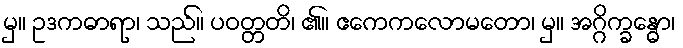
မှ။ ဥဒကဓာရာ၊ သည်။ ပဝတ္တတိ၊ ၏။ ဧကေကလောမတော၊ မှ။ အဂ္ဂိက္ခန္ဓော၊